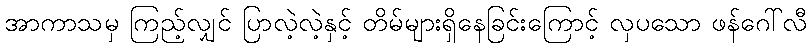
အာကာသမှ ကြည့်လျှင် ပြာလဲ့လဲ့နှင့် တိမ်များရှိနေခြင်းကြောင့် လှပသော ဖန်ဂေါ်လီ